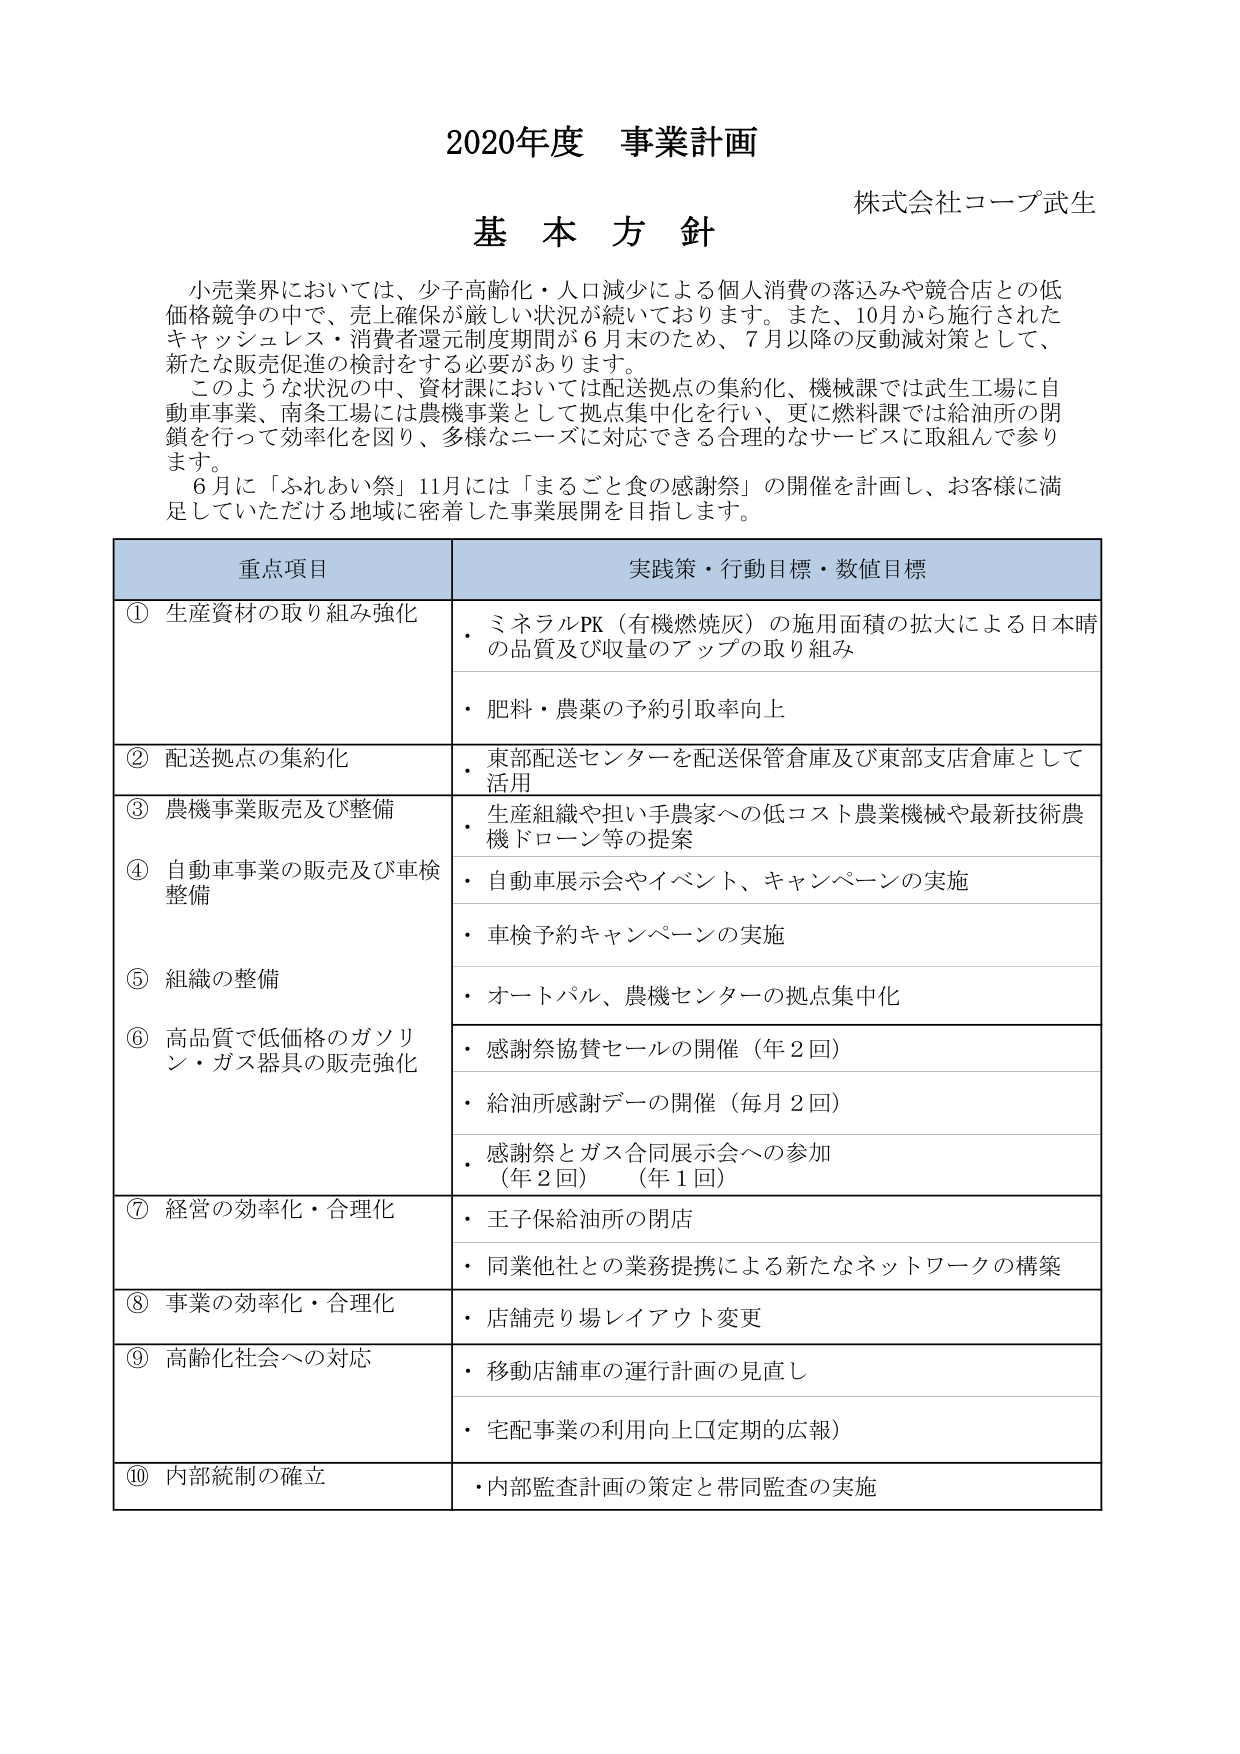
2020年度 事業計画
株式会社コープ武生
基本方針

小売業界においては、少子高齢化・人口減少による個人消費の落込みや競合店との低価格競争の中で、売上確保が厳しい状況が続いております。また、10月から施行されたキャッシュレス・消費者還元制度期間が6月末のため、7月以降の反動減対策として、新たな販売促進の検討をする必要があります。
このような状況の中、資材課においては配送拠点の集約化、機械課では武生工場に自動車事業、南条工場には農機事業として拠点集中化を行い、更に燃料課では給油所の閉鎖を行って効率化を図り、多様なニーズに対応できる合理的なサービスに取組んで参ります。
6月に「ふれあい祭」11月には「まるごと食の感謝祭」の開催を計画し、お客様に満足していただける地域に密着した事業展開を目指します。

重点項目　　　　　　　　　　　　　　　　　　　実践策・行動目標・数値目標
① 生産資材の取り組み強化
　・ミネラルPK（有機燃焼灰）の施用面積の拡大による日本晴の品質及び収量のアップの取り組み
　・肥料・農薬の予約引取率向上
② 配送拠点の集約化
　・東部配送センターを配送保管倉庫及び東部支店倉庫として活用
③ 農機事業販売及び整備
　・生産組織や担い手農家への低コスト農業機械や最新技術農機ドローン等の提案
④ 自動車事業の販売及び車検整備
　・自動車展示会やイベント、キャンペーンの実施
　・車検予約キャンペーンの実施
⑤ 組織の整備
　・オートパル、農機センターの拠点集中化
⑥ 高品質で低価格のガソリン・ガス器具の販売強化
　・感謝祭協賛セールの開催（年2回）
　・給油所感謝デーの開催（毎月2回）
　・感謝祭とガス合同展示会への参加（年2回）（年1回）
⑦ 経営の効率化・合理化
　・王子保給油所の閉店
　・同業他社との業務提携による新たなネットワークの構築
⑧ 事業の効率化・合理化
　・店舗売り場レイアウト変更
⑨ 高齢化社会への対応
　・移動店舗車の運行計画の見直し
　・宅配事業の利用向上（定期的広報）
⑩ 内部統制の確立
　・内部監査計画の策定と帯同監査の実施